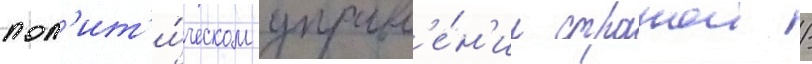
пол'ит'и́ческом управл'е́н'ии странои /